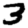
Digit: 3